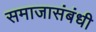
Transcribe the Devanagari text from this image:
समाजासंबंधी